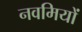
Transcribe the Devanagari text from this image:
नवमियों